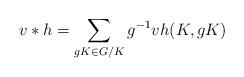
LaTeX: \begin{align*}v \ast h = \sum_{gK \in G /K} g^{-1} v h(K,gK)\end{align*}